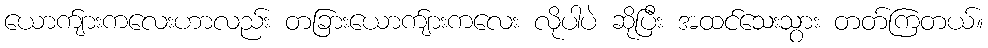
ယောက်ျားကလေးဟာလည်း တခြားယောက်ျားကလေး လိုပါပဲ ဆိုပြီး အထင်သေးသွား တတ်ကြတယ်။